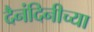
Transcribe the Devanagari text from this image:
दैनंदिनीच्या